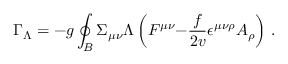
\Gamma _ { \Lambda } = - g \oint _ { { \cal B } } \d \Sigma _ { \mu \nu } \Lambda \left( F ^ { \mu \nu } { - } \frac { f } { 2 v } \epsilon ^ { \mu \nu \rho } A _ { \rho } \right) \, .